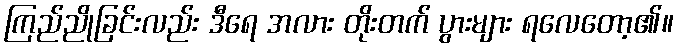
ကြည်ညိုခြင်းလည်း ဒီရေ အလား တိုးတက် ပွားများ ရလေတော့၏။